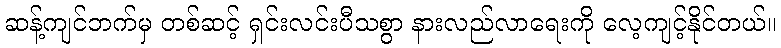
ဆန့်ကျင်ဘက်မှ တစ်ဆင့် ရှင်းလင်းပီသစွာ နားလည်လာရေးကို လေ့ကျင့်နိုင်တယ်။